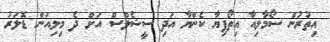
އިތުރުން ސޯމާލިއާ އިތޯޕިޔާ ކެންޔާ އަދި ސީޝެލްސް އަށް ދެ މިލިއަން ޑޮލަރު